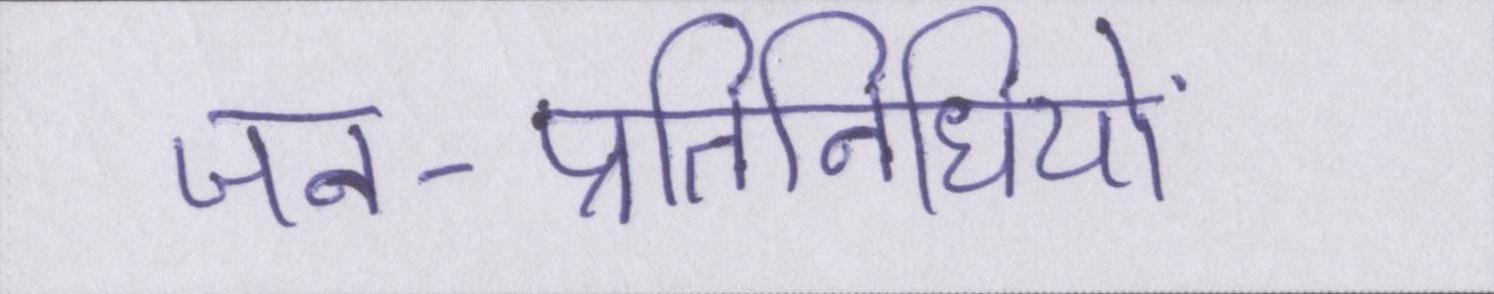
जन-प्रतिनिधियों